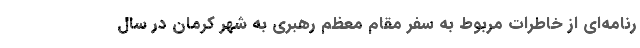
رنامه‌ای از خاطرات مربوط به سفر مقام معظم رهبری به شهر کرمان در سال